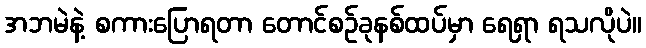
အဘမဲနဲ့ စကားပြောရတာ တောင်စဉ်ခုနစ်ထပ်မှာ ရေရှာ ရသလိုပဲ။